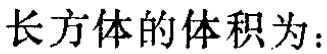
长方体的体积为：